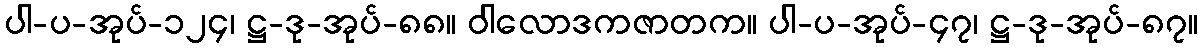
ပါ-ပ-အုပ်-၁၂၄၊ ဋ္ဌ-ဒု-အုပ်-၈၈။ ဝါလောဒကဇာတက။ ပါ-ပ-အုပ်-၄၇၊ ဋ္ဌ-ဒု-အုပ်-၈၇။